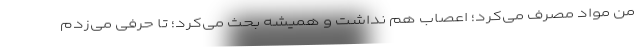
من مواد مصرف می‌کرد؛ اعصاب هم نداشت و همیشه بحث می‌کرد؛ تا حرفی می‌زدم